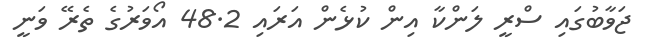
ޖަވާބުގައި ސްރީ ލަންކާ އިން ކުޅެން އަރައި 48.2 އޯވަރުގެ ތެރޭ ވަނީ